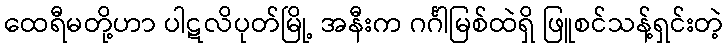
ထေရီမတို့ဟာ ပါဋလိပုတ်မြို့ အနီးက ဂင်္ဂါမြစ်ထဲရှိ ဖြူစင်သန့်ရှင်းတဲ့